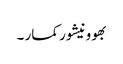
بھوونیشور کمار ۔